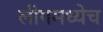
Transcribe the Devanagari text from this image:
लीगमध्येच